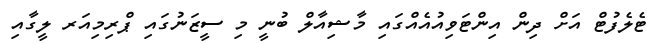
ޓެލެފުޓް އަށް ދިން އިންޓަވިއުއެއްގައި މާޝިއާލް ބުނީ މި ސީޒަނުގައި ޕްރިމިއަރ ލީގާއި